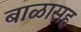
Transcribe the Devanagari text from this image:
बाळासह